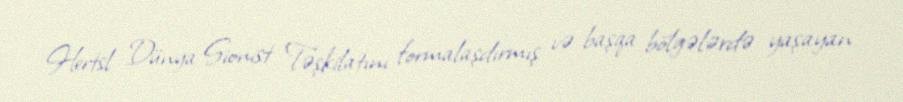
Hertsl Dünya Sionist Təşkilatını formalaşdırmış və başqa bölgələrdə yaşayan